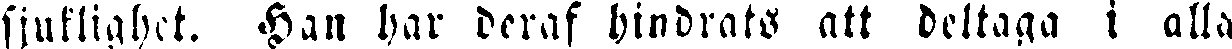
sjuklighet. Han bar beraf hindrats att deltaga i alla